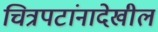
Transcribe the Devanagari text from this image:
चित्रपटांनादेखील